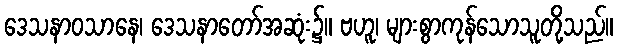
ဒေသနာဝသာနေ၊ ဒေသနာတော်အဆုံး၌။ ဗဟူ၊ များစွာကုန်သောသူတို့သည်။